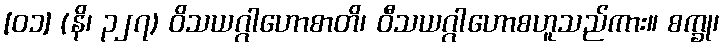
[၀၁] (နိ၊ ၃၂၇) ဝိသယဂ္ဂါဟောစာတိ၊ ဝီသယဂ္ဂါဟောစဟူသည်ကား။ စက္ခု၊